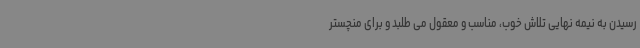
رسیدن به نیمه نهایی تلاش خوب، مناسب و معقول می طلبد و برای منچستر